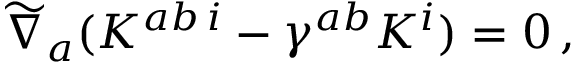
\widetilde { \nabla } _ { a } ( K ^ { a b \, i } - \gamma ^ { a b } K ^ { i } ) = 0 \, ,